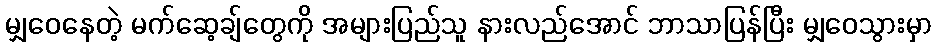
မျှဝေနေတဲ့ မက်ဆေ့ချ်တွေကို အများပြည်သူ နားလည်အောင် ဘာသာပြန်ပြီး မျှဝေသွားမှာ